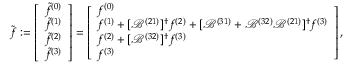
\tilde { \boldsymbol { f } } : = \left[ \begin{array} { l } { \tilde { f } ^ { ( 0 ) } } \\ { \tilde { f } ^ { ( 1 ) } } \\ { \tilde { f } ^ { ( 2 ) } } \\ { \tilde { f } ^ { ( 3 ) } } \end{array} \right] = \left[ \begin{array} { l } { f ^ { ( 0 ) } } \\ { f ^ { ( 1 ) } + [ \mathcal { B } ^ { ( 2 1 ) } ] ^ { \dagger } f ^ { ( 2 ) } + [ \mathcal { B } ^ { ( 3 1 ) } + \mathcal { B } ^ { ( 3 2 ) } \mathcal { B } ^ { ( 2 1 ) } ] ^ { \dagger } f ^ { ( 3 ) } } \\ { f ^ { ( 2 ) } + [ \mathcal { B } ^ { ( 3 2 ) } ] ^ { \dagger } f ^ { ( 3 ) } } \\ { f ^ { ( 3 ) } } \end{array} \right] ,